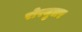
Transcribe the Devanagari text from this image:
रोरमुलर